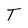
Character: T